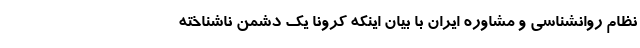
نظام روانشناسی و مشاوره ایران با بیان اینکه کرونا یک دشمن ناشناخته